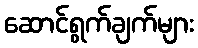
ဆောင်ရွက်ချက်များ